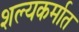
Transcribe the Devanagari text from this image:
शल्यकर्मात